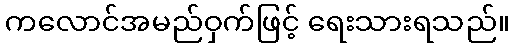
ကလောင်အမည်ဝှက်ဖြင့် ရေးသားရသည်။